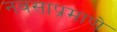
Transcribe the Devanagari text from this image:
नवसाप्रमाणे